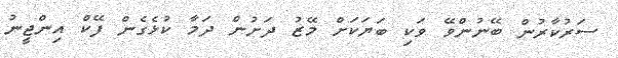
ސަރުކާރުން ބޭނުންވޭ ވަކި ބަޔަކަށް މޭޒު ދަށުން ދަމާ ކުޅެގެން ފޭކް އިންޖީނު